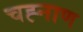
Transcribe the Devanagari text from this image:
चह्नाण